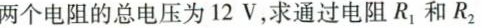
两个电阻的总电压为12V，求通过电阻R_{1}和R_{2}